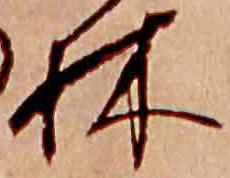
林